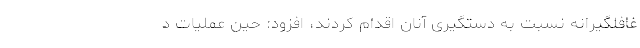
غافلگیرانه نسبت به دستگیری‌ آنان اقدام کردند، افزود: حین عملیات د